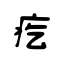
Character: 疙